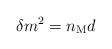
LaTeX: \begin{align*} \delta m^{2} = n_{{\rm M}} d\end{align*}